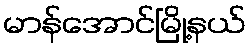
မာန်အောင်မြို့နယ်